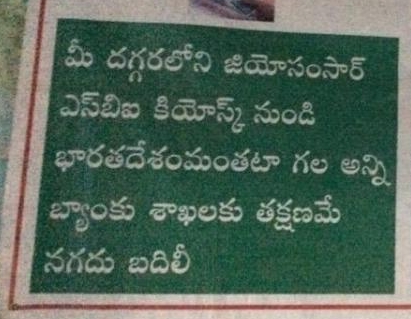
Language: telugu
Transcription: భారతదేశంమతటా మీ దగ్గరలోని జియో సంసార్ కియోస్క్ నుండి గల అన్ని నగదు బదిలీ తక్షణమే శాఖలకు బ్యాంకు